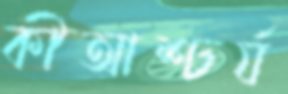
কীআশ্চর্য